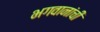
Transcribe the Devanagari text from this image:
भगवानांची